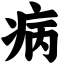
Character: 病